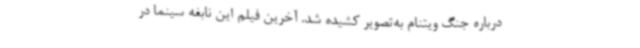
درباره جنگ ویتنام به‌تصویر کشیده شد. آخرین فیلم این نابغه سینما در